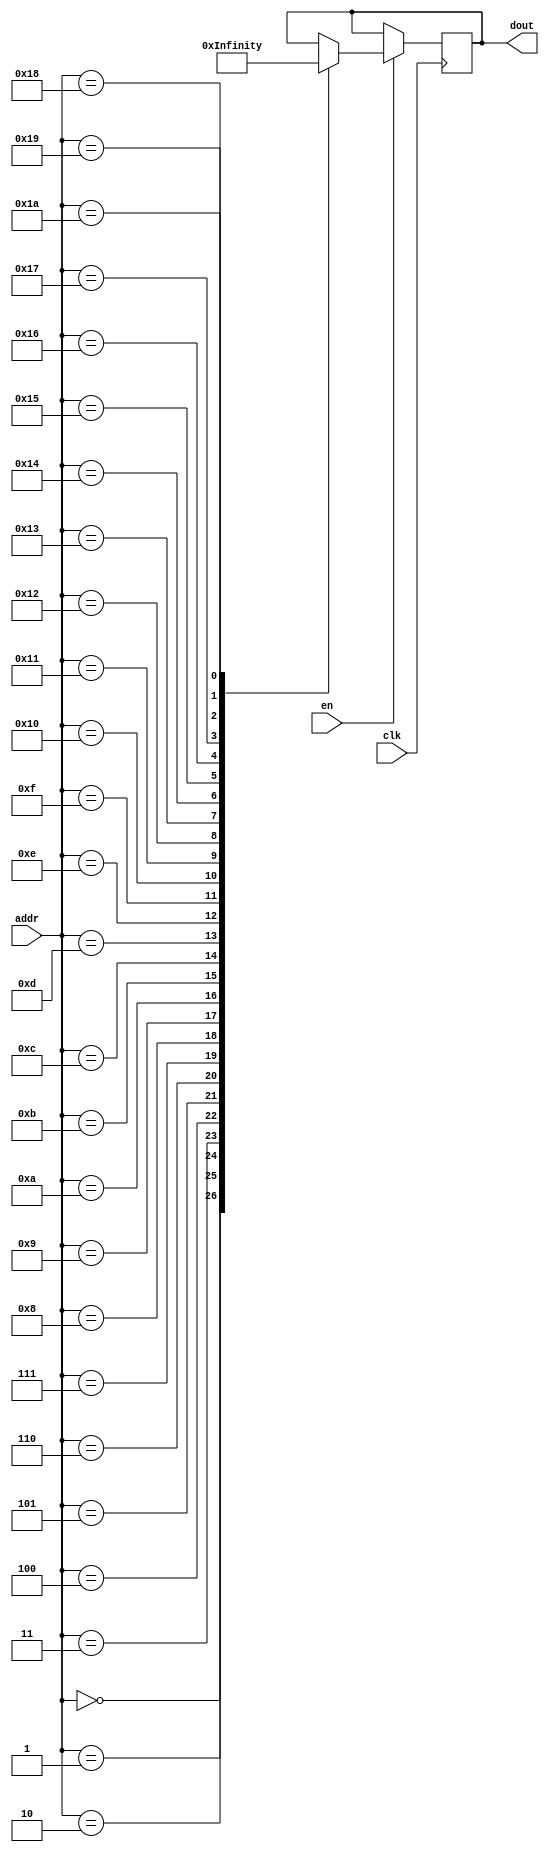
`timescale 1ns / 1ps
/*
Copyright
All right reserved.
Module Name: rom_syn
Author  : Zichuan Liu, Yixing Li and Wenye Liu.
Description:
A synthesized ROM: ROM_DEP x ROM_WID
*/
module DC_10_W_ROM_0(
// inputs
clk,
en,
addr,
// outputs
dout
);
localparam ROM_WID = 512;
localparam ROM_DEP = 27;
localparam ROM_ADDR = 5;
// input definition
input clk;
input en;
input [ROM_ADDR-1:0] addr;
// output definition
output [ROM_WID-1:0] dout;
reg [ROM_WID-1:0] data;
always @(posedge clk)
begin
if (en) begin
case(addr)
		5'd0: data <= 512'b01110011110111010111101010101101101110101011101010101001110100101100011010101101110111100000100111101001010010100100011000010111000111101011010110100011011100111000010010000001010010000101010101000011101000001101111101000100100101101011101011011010010010000000100111111010100011000001101001110100001100001010100011011101101100010010000101100001011100111101001010011010011100011101110100010101001011010110001010100101011001011110000111101101011001010001111100010001011111000010000100001011101001000000001001100101;
		5'd1: data <= 512'b10101010001010001001110101011101011111010100010101010110101011011001101101001110101110001011001111000111101101010010001111001000111000000110011010110000110011001010000000011110101111100110101000111100001111000001000011110111011011010101011011001101100000011101011000000010110001101000000110101001111101101100111000101010010011101100011010011001011101110110110100110101111011101110101100111011111001111001110101101110101111100001110010001010100010100110010111010110111100001111011010110000011011010110101110100000;
		5'd2: data <= 512'b01011111100001101111001011001010011010101010001010110101010001101011000010101111110000000011111110001001000111101101001000100100001110001011000001100101111100100100010110000101011010010001011110100010110100000111111101000000101111101011101101011010010110000011100100111101101111000000101001010010000111100100010101100101001100011010010101100001110100110110000111001010000100000001010011011100001010011110001010000101001011011100100101101100000000110000100100000001001011000010001001110001101101100100011011000100;
		5'd3: data <= 512'b11101000011000000100110101010111011101010111010111010010001011000011111010000011101110111010000001100100111000011110000110001010111111100110101111011011110000011000011000101011000110101110001001110101111111010001000011110110011010111110010011110101011000011110001111000010010101110101111110011111111000110101110000011010110011100100001110011101100101001010110000110111111011100000001010101100100101101110010100010100000111100001111010110101100110010011000110001110100101001001111011110110000010010101100011111011;
		5'd4: data <= 512'b11100011001000111100110100010111110111010101011110010111001010001001110111000000011111111110000000100111111000010011011111001001010001101100001111110000110111011000001001111010001100001110110000010101111011101011100000111111111010010101010011100101101100011001011101000010011001111110101111011010111011111010001000001010010011101100101010011110000001001010111101110110110011101100101100101011011111100010110101010000100110100001010110111010111110101110000111111010001000111101110110011011001010010110110110001010;
		5'd5: data <= 512'b10101000001000110011010100010100010101010100111101010010101011010010101001001010001111010011001001000111111101011110101111001010111000110110101010010011000010001011001001111010111101101110101001111100100111110000000011111110111100011100011001101101000101100000001110000011110100101110010110101111111000111101101100001010010111101101001010110111111101010011110000100101111000101001001000111011110100101010110100111110100111000001111010010111110111000110011111100110101101011000011011100100010010010100110100110011;
		5'd6: data <= 512'b10101100111101000000110101110000100001111101110001000110001111010111101000011001001100111011001000111110111100011011100110011000111111110100111111100010100001000010111100111010100101101110001001111110010111001010000011110011010000101110100001111110100001110000000000010111010000101101010110111101011000000001101111010110010001110001111000010110101010101101110000110101101000100001101011111100110000001001111010101011101010000001101000011111000111001111011111101010000101001111011010101101110011011110100110111011;
		5'd7: data <= 512'b00001000001000001110110101010110111101010110010100010110001011011101101100001010001100110111001010000111101000011011100110001010010001110111101111110011110011010011000101111110101110001110101001111100101100000001010011110011111110001100010000111111100100111100001001000010011000101111001110111010111010111001001100000110010011111100011000010100000111111010110001110110101001101001101010011010010101001100110000000000100110000001111010011101100010001010000111010111001001001001011111001101000010010100110011110011;
		5'd8: data <= 512'b10101110011111101000010100100011100110110101110001011110001111000000111100111000110010011101010000111110111001010110001111000000111001110100111111110000000011011011001001101010100111100110000000010100010111011000000010110011010001011111010001101100100110111100011100000010011001110000010110011101011001111101111111000110010000100101111010111010111011000101110100110100100010111000101101101000110100100001010001101010100110100001110000111011101011101111011111001010110100011100111010011100000011010110101010101010;
		5'd9: data <= 512'b10101111101000111010010101100100101101110100011001010011101011000010100101011000000011010111001100111111101100011011100111010000001001101110101011000000110011000111100011101101101100101110001001111101000011111000000010101011001010001111011100001100101001110100010000000011111000100111111111011011011101110111101110001110110000110100111110011100101011010000111100110101100010101001101100011001010100000001110100011011101011000001000000111011100011101110011001000011000000011111001111010001110011110000000110001011;
		5'd10: data <= 512'b11111010010101010111001000101111001110100011101100110001110011100010011011000111110111100010101101000000000101101100011001111110101110101100000010010101011010100000001101100011111001100101010110100011011101110100111101011100101101111010001111110101010010010011100110110101100101000010111110110100000000100100011010100001101110001010111110110001001100010011000000001011011010011110010000000100101101111110001011110000011011001111001011000110010101100000110010000111101111110000100001111000001001100111111000010101;
		5'd11: data <= 512'b10101100111110110000110101010011011000111100011001010111001011000010111000010001100010111001000001010100111000010010001111010010111000110100111010110010100010001110001001111011000111100110111000110100001111010100000010110110011011111110011011110001110010110000010110010011010101110100010000101111011000000101110110011010010001100011101011111110101011000100111000100101101010111000001010101000110100111111011010011010100111100001110010100011100111111010011111101010010100001100111010111000100101111101101110111111;
		5'd12: data <= 512'b10101101001100111000110100010111100101011101010001010010001011010010100110010001100011011110010001100110111001011111001101010011111101010100101011100010100010001011101111111110000100100110111001111100101101110000000010101010111010010111011001001100100001101100011110000011110000110101111011011011011001000111101100001010110000101100101011011110111011000000111000110111110000111001101101101001111000111001010101010010001110100001100010111011101111101110011111101011101000011111110010001001011010111000001110001111;
		5'd13: data <= 512'b10101010111100100110110101100101011111111101011011010110001011001001101101101000100010111111001000000110101101011110010111001000010000110000101010010000110010001111001001111110000101100100111000110100010101111110000011010011111111001110010011101101100111011100010100000010000101100001001110001111010001101100011110101010010110100100011101010010011001000100110010000111100011001110001100111100010100001001010001010010101010000001100000001010110011101110011011100111010100011101110111010001100110011100100100111000;
		5'd14: data <= 512'b00010101010111100001001110011110101000001011101100101001010100110110000001010101110101100000110001111000010110101100101000100111100010000001110100001111101100110111110011010000010000011011011111001011011010100100111111101100110000100000100001111010111011100101100101111001110010000100111001110110100100001011100001111101001101011010000111101001000110110101000010001000011100010001010010100011001010011111001110100101110000001110001111100101001100010001101010001100001011100110100000100111111000101011001001010101;
		5'd15: data <= 512'b10111000001000110111010100011101011111011100110110010111001111011000101000001011001110110010001000101110101100011110010111001011110000010111001110010001010001001011101001011000001111101110100001110100110111110001000011111111011101001110010000000100101101111100000001000010010001100101001100011110111011011000111000001110010111101100001010011111000001011011110011110001111001101110001110100111110111101010110111010110100100100001111010110000110110011011000111010110110100111101001011101110001010011100100011100000;
		5'd16: data <= 512'b01000111100111111011001011111110001000101011100000100001110110100110010010100100110011001010110111110001010111100100101000000110101101000001000000100101101100111100110110100001010010010001111111101010010100010110111101000100101101110011001111001000010011101111110110111101100110011011111011000000100001010010010001100101101000011110000111101001111100110011000100011111010110011111010101011000100010100111001111101111010011111100110111101100001100110000110100001101001011000011100000100100101101100001011001001100;
		5'd17: data <= 512'b00001000001110001100110101011101111110010110010110010010001101001000001111001110001100100100001010000110101010010011000111101001010000110110101011110110110001001110001000011111001100101100100000110100011100000001010011111111001010000100011000010111111001001100010101010010010000110101000000111110111001101100001000011010010011101000110011011100000011101010111111110100100001101100101110101110010111111111111000000001000100000001111100110011100110011010000111010000010100100101001110110000001011011101101010110110;
		5'd18: data <= 512'b11101010001100100000110101110001110101111101110101010110101011010010111101011000001100100111011100000100111000111010000110001000111010111101111011010010110010001011001100111010100101100110000000110101101111111000000010110111001010100110111010110101011110011100011000000010010101100101010100101101010000100100110010010010010011100001111100110111101001001010111100100100101011101010001011111100110110101001111010011010100011000101111000010011000111100110010111110010010110011101101010010010010011010111111110110101;
		5'd19: data <= 512'b11111010000000011001110101011111010101010110010001000010001110000101111001011000001111111111000110000101111000011011100111011000010011010110111110010001110011010000000100101010100111001110000001111101100111010000000001110111011011111100010110110111100000011101011001000011010001101110000110100001111010011101111010101010010111110101011001011111100111011010011101100101111011100000101010101000010101010011111100111101101011100000111000011101110011001111010011111111111101001111011110010111010110010110110001110011;
		5'd20: data <= 512'b11101110101101100000010101000010101101111100010001000110001011000011110111011001001101111111010100100110111001011001000110010000111101100100101111100010100001011001011100101010100101011110001001111101110111010010000010110010001010111111110011111100000001111101011100000011011000110100111110011011111001111101111111001010010001100101101101111010101111001110111100110100110011101001101001101100100000100010111010011011101011100001111100111111000111100111010101101010101110001100011111010101000010011101101110011001;
		5'd21: data <= 512'b10101001001100101101010110010100110111011101110010010010001011011001100101010010001001000010001110100110101001011001001111001011110000110111001111010011010001011010000011111100101101111010100001111100100011110010000011101011111110110111111010001101010100001100011101000010101000111100011111011011010011101111001100010110110010101101101100000011100101011010110111110110110001101111101101111101110111000000110101011010100011110001011010111010110011101111011001110110101010101101001111011111010011010001000110100010;
		5'd22: data <= 512'b01010111000011001011001000100010101011100010100100111001110010110100010101010100110101000101110111000001010000100000111000100101000101001111010100101000101110110101000101010111011010010011110111001011111001101000101101111100110100010001001110101010110011001011111010111101111111000110110011100100100110001010100010100101101101011010111110110000011101111001000100001001010110010101110000010011001000110100001011100100111101001110000011100111111000010100111000000111101001110010010100001010001000000010110001010010;
		5'd23: data <= 512'b10101000111110110100110110110100010111011101001000000110001111011011101101110010000011111000000001100110101010011010010111001001111101100000101110010000010001001010101011101010011101101100010000111100010011010110000010001111011011011110111010110101100111011100011110000010000101110101011100101111011001111101011111101110110000100101100011001110000011000100110011100010110011101110101011000101111111000001110101011010110011110011011110111010110111101011011011101110010110001100110011111101010110011001000110101000;
		5'd24: data <= 512'b01100111100001011010001010100000100001101001100010111000110010110110100010101011110001000110111000111011110101100101101000100111000111101011010101101011001100110110111111000000101000010011001111000010001010101001100001001001100100000011100111001010001101001111100011111110111111000001100011010001110100000010101101101101101100011000001100100000011000111111000111011001010100010001110001000010000010001010011001100001011101011100000011011101011001000101101100000001101111110010110001000111101000101010000100001011;
		5'd25: data <= 512'b10001010001100101000110111010011110101010110011001000011001101001001111100111001001000110111001000010110101011011001010111011000010001110110101010110110110011000011000101111110110110101110101000111000100100000100010010110011111011100100101011110101100001101100011100000111001100110100011100111010011011101101000111001010010010100001010000000110110010100100111001100110100001101000101011011100010000010001010010011011101010110001110100111011000011101010000011110001111010001100101111011101110110010101011110110111;
		5'd26: data <= 512'b11010111100001010111001010101011100110101001000110111101110000100100010110100011110000000101000100001001000000100001110000110100000111111011010001011000001100110000111100000000111000000001000111000011001011101011101100001101100101000011100111100010011110011110100001111100001111000001100001010100100110000100111011100001101110010011110100110011111000011111000101001001000110010010010000000110100010100010001001100000011101011100001111110010011001100100100000010001110010110010110101010010001101101010010000000110;
		endcase
		end
	end
	assign dout = data;
endmodule